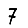
Digit: 7